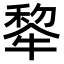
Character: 𪺳